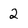
Character: 2